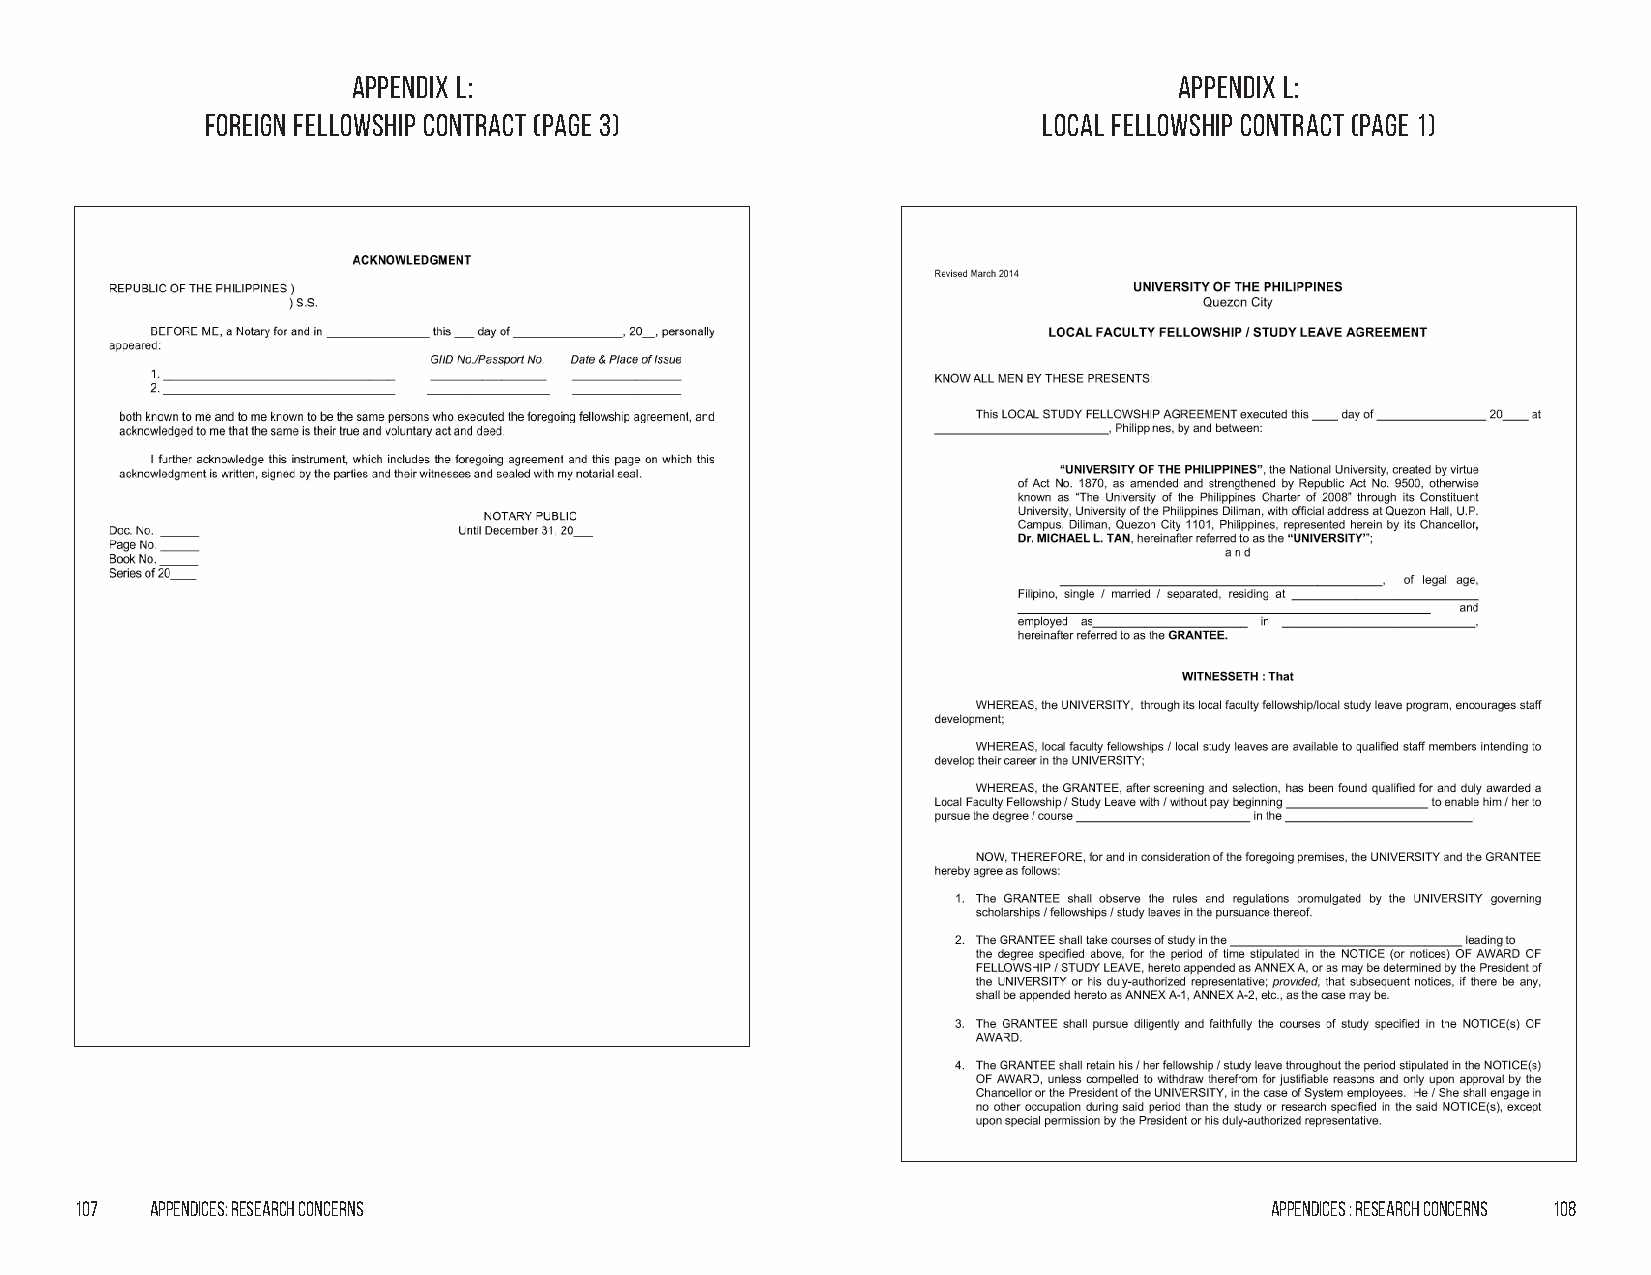
Appendix l:                                            Appendix l:
 Foreign Fellowship Contract (Page 3)                   Local Fellowship Contract (Page 1)
 107  Appendices: Research Concerns                                             Appendices : Research Concerns 108